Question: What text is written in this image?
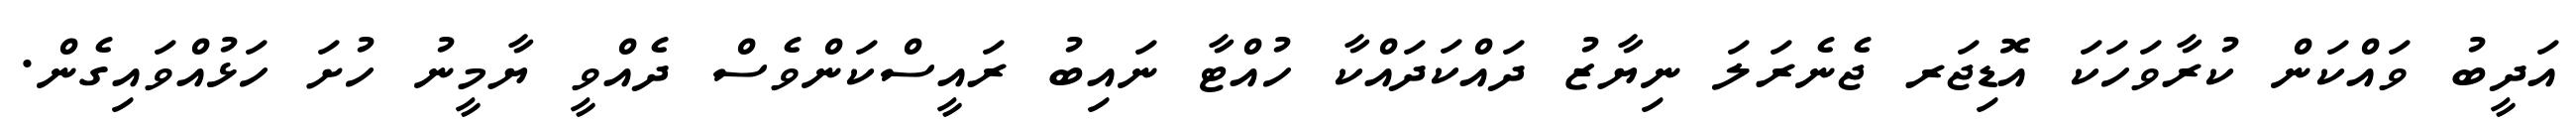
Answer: އަދީބު ވައްކަން ކުރާވަހަކަ އޮޑިޖަރ ޖެނެރަލަ ނިޔާޒު ދައްކަދައްކާ ހުއްޓާ ނައިބު ރައީސްކަންވެސް ދެއްވީ ޔާމީނު ހުށަ ހަޅުއްވައިގެން.